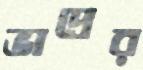
ভাদ্রের